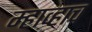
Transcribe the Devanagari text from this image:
म्हाव्हाच